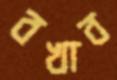
বখাব